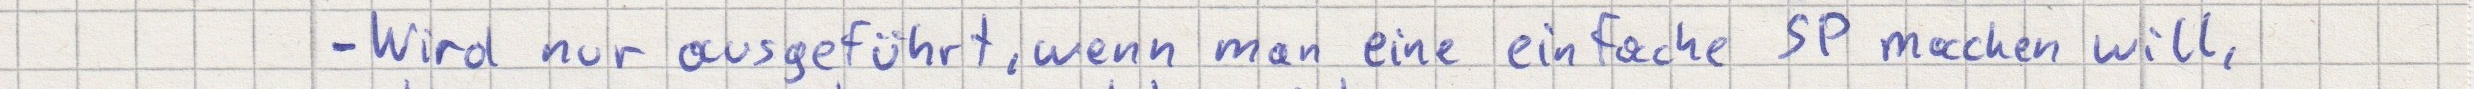
- Wird nur ausgeführt, wenn man eine einfache SP machen will,